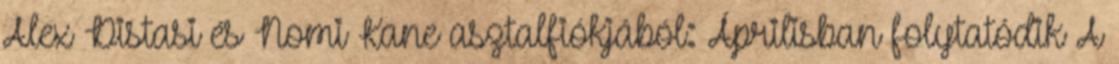
Alex Distasi és Nomi Kane asztalfiókjából: Áprilisban folytatódik A